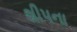
શીપના